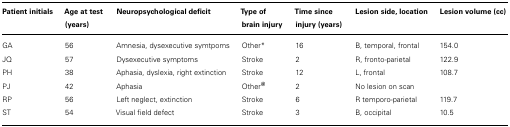
| Patient initials | Age at test (years) | Neuropsychological deficit | Type of brain injury | Time since injury (years) | Lesion side, location | Lesion volume (cc) |
 | --- | --- | --- | --- | --- | --- | --- |
 | GA | 56 | Amnesia, dysexecutive symtpoms | Other* | 16 | B, temporal, frontal | 154.0 |
 | JQ | 57 | Dysexecutive symptoms | Stroke | 2 | R, fronto-parietal | 122.9 |
 | PH | 38 | Aphasia, dyslexia, right extinction | Stroke | 12 | L, frontal | 108.7 |
 | PJ | 42 | Aphasia | Other@ | 2 | No lesion on scan |  |
 | RP | 56 | Left neglect, extinction | Stroke | 6 | R temporo-parietal | 119.7 |
 | ST | 54 | Visual field defect | Stroke | 3 | B, occipital | 10.5 |